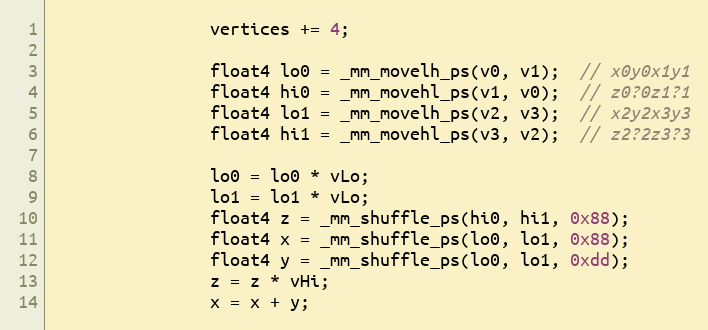
Language: C++
				vertices += 4;

				float4 lo0 = _mm_movelh_ps(v0, v1);  // x0y0x1y1
				float4 hi0 = _mm_movehl_ps(v1, v0);  // z0?0z1?1
				float4 lo1 = _mm_movelh_ps(v2, v3);  // x2y2x3y3
				float4 hi1 = _mm_movehl_ps(v3, v2);  // z2?2z3?3

				lo0 = lo0 * vLo;
				lo1 = lo1 * vLo;
				float4 z = _mm_shuffle_ps(hi0, hi1, 0x88);
				float4 x = _mm_shuffle_ps(lo0, lo1, 0x88);
				float4 y = _mm_shuffle_ps(lo0, lo1, 0xdd);
				z = z * vHi;
				x = x + y;